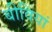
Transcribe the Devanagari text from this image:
बीवियां